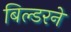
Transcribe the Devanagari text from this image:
बिल्डरने